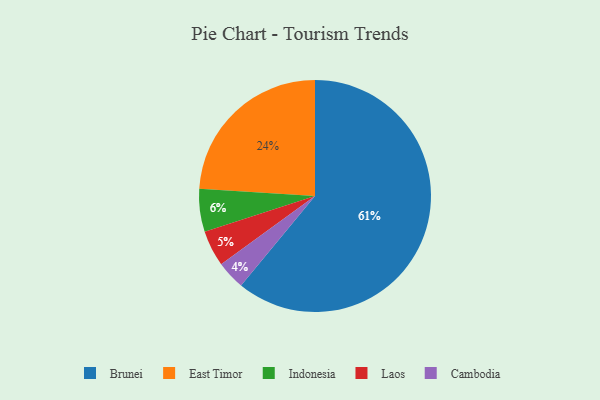
{"axis": {"x": "Category", "y": "Percentage"}, "legend": ["Brunei", "Cambodia", "East Timor", "Indonesia", "Laos"], "data": [{"x": "East Timor", "y": 24, "type": "East Timor"}, {"x": "Laos", "y": 5, "type": "Laos"}, {"x": "Cambodia", "y": 4, "type": "Cambodia"}, {"x": "Indonesia", "y": 6, "type": "Indonesia"}, {"x": "Brunei", "y": 61, "type": "Brunei"}]}